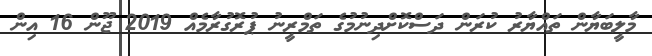
މާލީބަޔާން ތައްޔާރު ކުރަން ދަސްކޮށްދިނުމުގެ ތަމްރީނު ޕުރޮގުރާމެއް 2019 ޖޫން 16 އިން